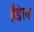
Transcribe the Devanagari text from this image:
हैडेल